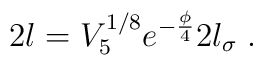
2l=V_5^{1/8}e^{-\frac{\phi}{4}}2l_\sigma \; .